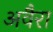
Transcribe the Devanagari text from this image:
अवैरा